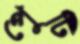
পেুটি